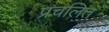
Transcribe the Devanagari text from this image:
प्रचलितं